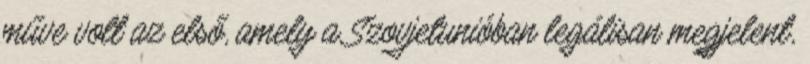
műve volt az első, amely a Szovjetunióban legálisan megjelent,